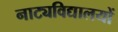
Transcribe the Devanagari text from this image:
नाट्यविद्यालयों